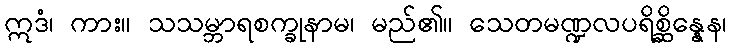
ဣဒံ၊ ကား။ သသမ္ဘာရစက္ခုနာမ၊ မည်၏။ သေတမဏ္ဍလပရိစ္ဆိန္နေန၊